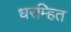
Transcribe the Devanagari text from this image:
धरम्हित